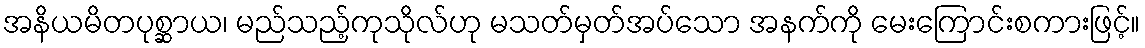
အနိယမိတပုစ္ဆာယ၊ မည်သည့်ကုသိုလ်ဟု မသတ်မှတ်အပ်သော အနက်ကို မေးကြောင်းစကားဖြင့်။